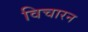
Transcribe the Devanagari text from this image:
विचारन